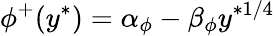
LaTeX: \phi^{+}(y^{\ast})=\alpha_{\phi}-\beta_{\phi}y^{\ast{{1}/{4}}}